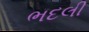
ભદલી